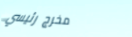
مخرج رئيسي